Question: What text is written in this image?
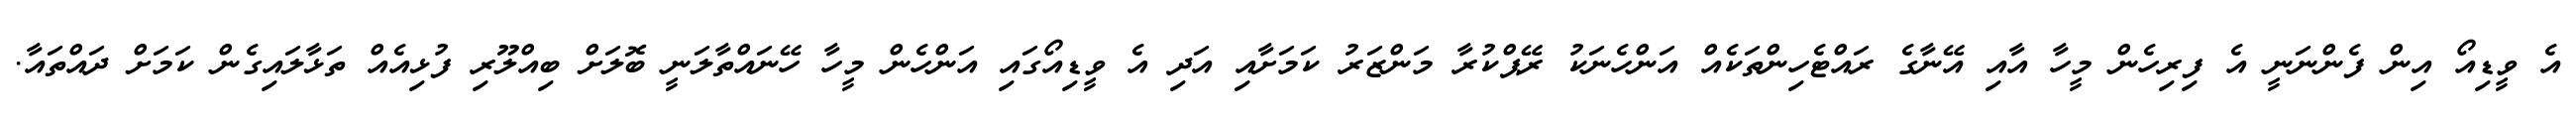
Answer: އެ ވީޑިއޯ އިން ފެންނަނީ އެ ފިރިހެން މީހާ އާއި އޭނާގެ ރައްޓެހިންތަކެއް އަންހެނަކު ރޭޕްކުރާ މަންޒަރު ކަމަށާއި އަދި އެ ވީޑިއޯގައި އަންހެން މީހާ ހޭނައްތާލަނީ ބޮލަށް ބިއްލޫރި ފުޅިއެއް ތަޅާލައިގެން ކަމަށް ދައްތައާ.